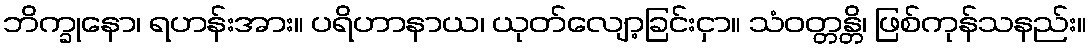
ဘိက္ခုနော၊ ရဟန်းအား။ ပရိဟာနာယ၊ ယုတ်လျော့ခြင်းငှာ။ သံဝတ္တန္တိ၊ ဖြစ်ကုန်သနည်း။